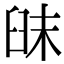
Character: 𦥦